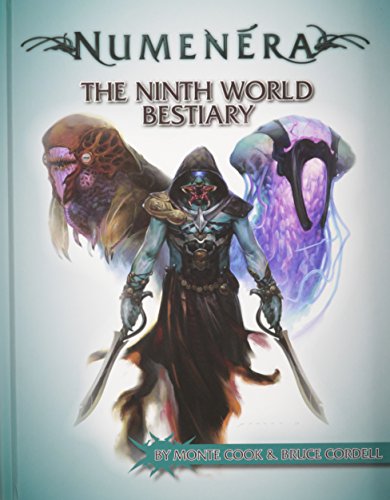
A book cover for Numenera Ninth World Bestiary; Monte Cook; Science Fiction & Fantasy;